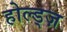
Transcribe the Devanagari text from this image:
होल्ड्ज़